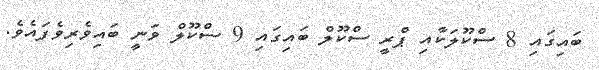
ބައިގައި 8 ސްކޫލަކާއި ޕްރީ ސްކޫލް ބައިގައި 9 ސްކޫލް ވަނީ ބައިވެރިވެފައެވެ.